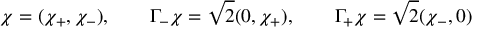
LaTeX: \chi = ( \chi _ { + } , \chi _ { - } ) , \qquad \Gamma _ { - } \chi = { \sqrt 2 } ( 0 , \chi _ { + } ) , \qquad \Gamma _ { + } \chi = { \sqrt 2 } ( \chi _ { - } , 0 )